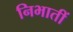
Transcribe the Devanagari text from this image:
निभातीं